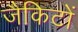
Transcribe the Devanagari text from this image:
जैकिटों